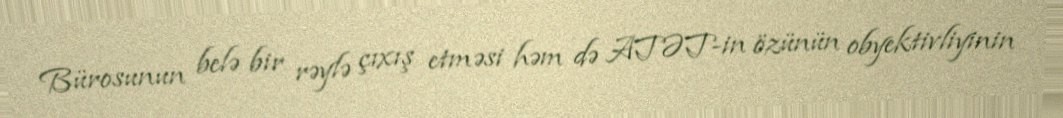
Bürosunun belə bir rəylə çıxış etməsi həm də ATƏT-in özünün obyektivliyinin